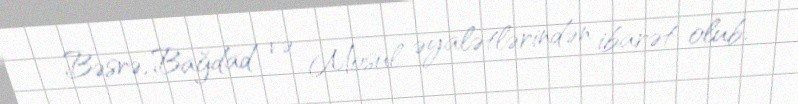
Bəsrə, Bağdad və Mosul əyalətlərindən ibarət olub.